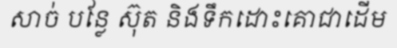
សាច់ បន្លែ ស៊ុត និងទឹកដោះគោជាដើម